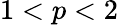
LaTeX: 1<p<2